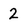
Character: 2